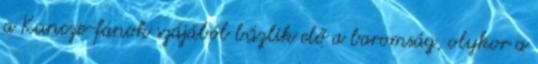
a Kuncze-fanok szájából bűzlik elő a baromság, olykor a